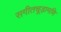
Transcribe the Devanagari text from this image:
सगीतचूड़ामणि